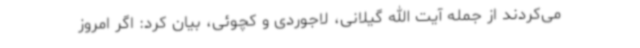
می‌کردند از جمله آیت الله گیلانی، لاجوردی و کچوئی، بیان کرد: اگر امروز